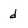
Character: d